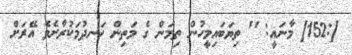
[:152] މާނައީ: " ތިޔަބައިމީހުން ތިމަން ގެ މަތިން ހަނދުމަކުރާށެވެ އޭރަށް